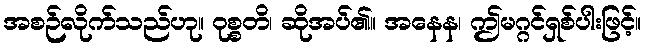
အစဉ်လိုက်သည်ဟု။ ဝုစ္စတိ၊ ဆိုအပ်၏။ အနေန၊ ဤမဂ္ဂင်ရှစ်ပါးဖြင့်။